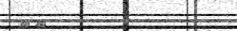
٩٥